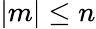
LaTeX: |m|\leq n